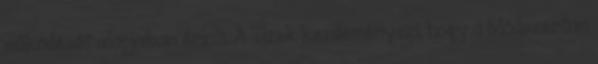
működését alapjaiban érinti. A Tizek kezdeményezi, hogy a Módszertan